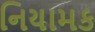
નિયામક